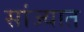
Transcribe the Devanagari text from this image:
सांज्यात